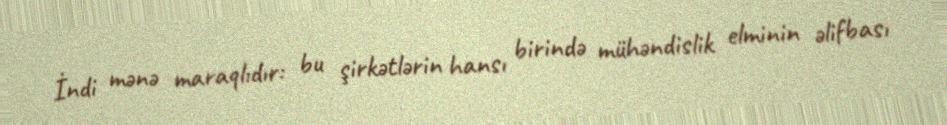
İndi mənə maraqlıdır: bu şirkətlərin hansı birində mühəndislik elminin əlifbası